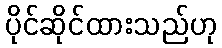
ပိုင်ဆိုင်ထားသည်ဟု